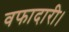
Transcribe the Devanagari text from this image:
वफादारी।